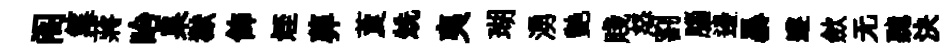
阁筵蔣眙杲獄飾姪葬藑兟夷瑚湧艶賤怒割腦邊暴遵歛无聽決